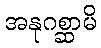
အနုဂစ္ဆာမိ